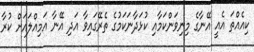
ކިއެއްތަ އެއީ އޭނާގެ މިނިވަންކަމާއި ކުޅަދާނަކަމުގެ ތެރޭގައިވާ އަދި އޭނާ އަމިއްލައަށް ކުރާ